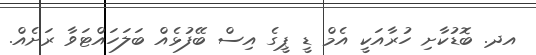
އދ. ބޮޑުކާށި ހުރާއަކީ އެމް ޑީ ޕީގެ އިސް ބޭފުޅެއް ބަލަހައްޓަވާ ރަށެއް.